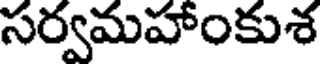
సర్వమహాంకుశ